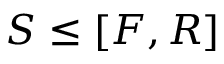
S \leq [ F , R ]